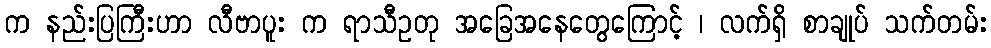
က နည်းပြကြီးဟာ လီဗာပူး က ရာသီဥတု အခြေအနေတွေကြောင့် ၊ လက်ရှိ စာချုပ် သက်တမ်း